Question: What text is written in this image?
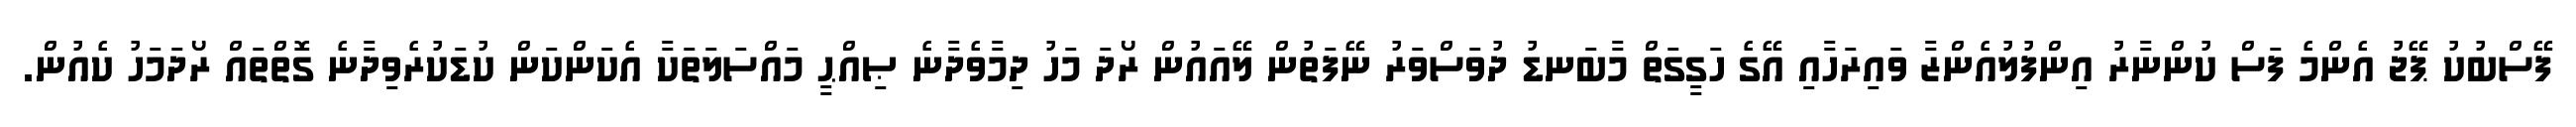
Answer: ފޭސްބުކު ޕޭޖު އެންމެ ފަސް ކުންނާރު އިންފުލުއެންޒާ ވައިރަހާއި އޭގެ ހަގީގަތް މާބަނޑު ދުވަސްވަރު ނޭފަތުން ލޭއައުން ރޯދަ މަހު ދިމާވެދާނެ ޞިއްޙީ މައްސަލަތަކާ އެކަންކަން ކުޑަކުރެވިދާނެ ގޮތްތައް ރޯދަމަހު ކެއުން.